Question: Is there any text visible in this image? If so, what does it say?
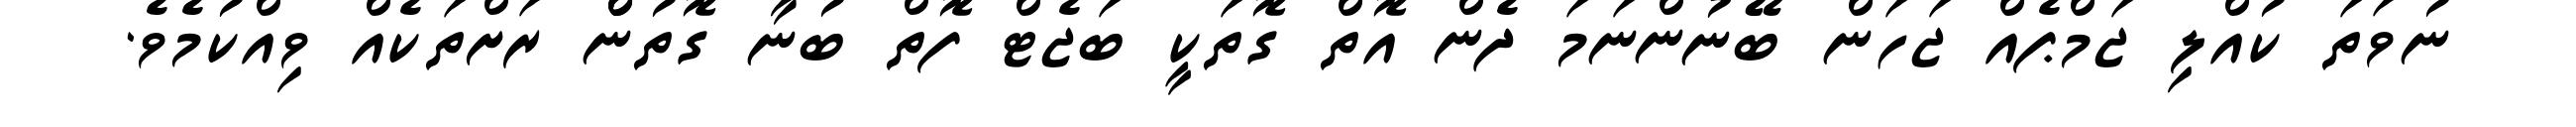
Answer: ނުވަތަ ކުއްލި ޖަމްޕެއް ޖަހަން ބޭނުންނަމަ ދެން އޮތް ގޮތަކީ ބަޖެޓް ފޮތް ބުނާ ގޮތުންް ރަށްތަކެއް ވިއްކުމެވެ.